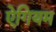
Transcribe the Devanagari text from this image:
ऐगियम